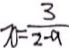
x = \frac { 3 } { 2 - a }